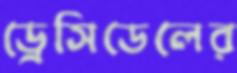
ড্রেসিডেলের